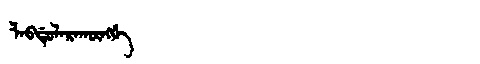
Manchu: ᠯᠠᠪᡩᡠᠯᠠᡵᠠᡴᡡᠩᡤᡝ
Romanization: LABDULARAKŪNGGE